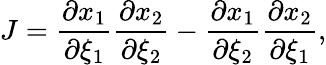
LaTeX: J=\frac{\partial x_{1}}{\partial\xi_{1}}\frac{\partial x_{2}}{\partial\xi_{2}}-\frac{\partial x_{1}}{\partial\xi_{2}}\frac{\partial x_{2}}{\partial\xi_{1}},